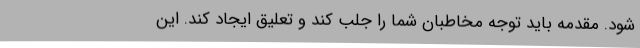
شود. مقدمه باید توجه مخاطبان شما را جلب کند و تعلیق ایجاد کند. این